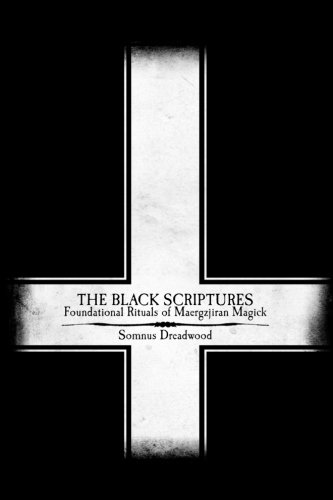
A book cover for The Black Scriptures: Foundational Rituals of Maergzjiran Magick; Somnus Dreadwood; Religion & Spirituality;